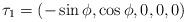
LaTeX: \begin{align*}\tau_{1}=\left(-\sin\phi,\cos\phi, 0, 0, 0\right)\end{align*}